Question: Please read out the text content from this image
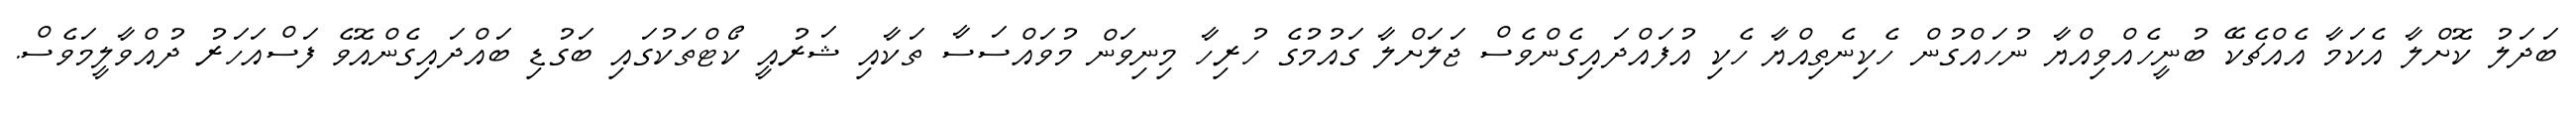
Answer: ބަދަލު ކޮށްލާ އެކަމާ އެއްޗެކޭ ބުނީހެއްވިއްޔާ ނުހައްގުން ހެކިނެތިއްޔާ ހެކި އުފައްދައިގެންވެސް ޖަލަށްލާ ގައުމުގެ ހުރިހާ މިނިވަން މުވައްސަސާ ތަކާއި ޝަރުއީ ކޯޓްތަކުގައި ބަގުޑި ބައްދައިގެންއޮވެ ފަސްއަހަރު ދުއްވާލީމަވެސް.